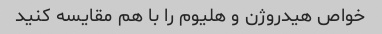
خواص هیدروژن و هلیوم را با هم مقایسه کنید